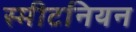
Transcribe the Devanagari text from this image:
स्मीटनियन